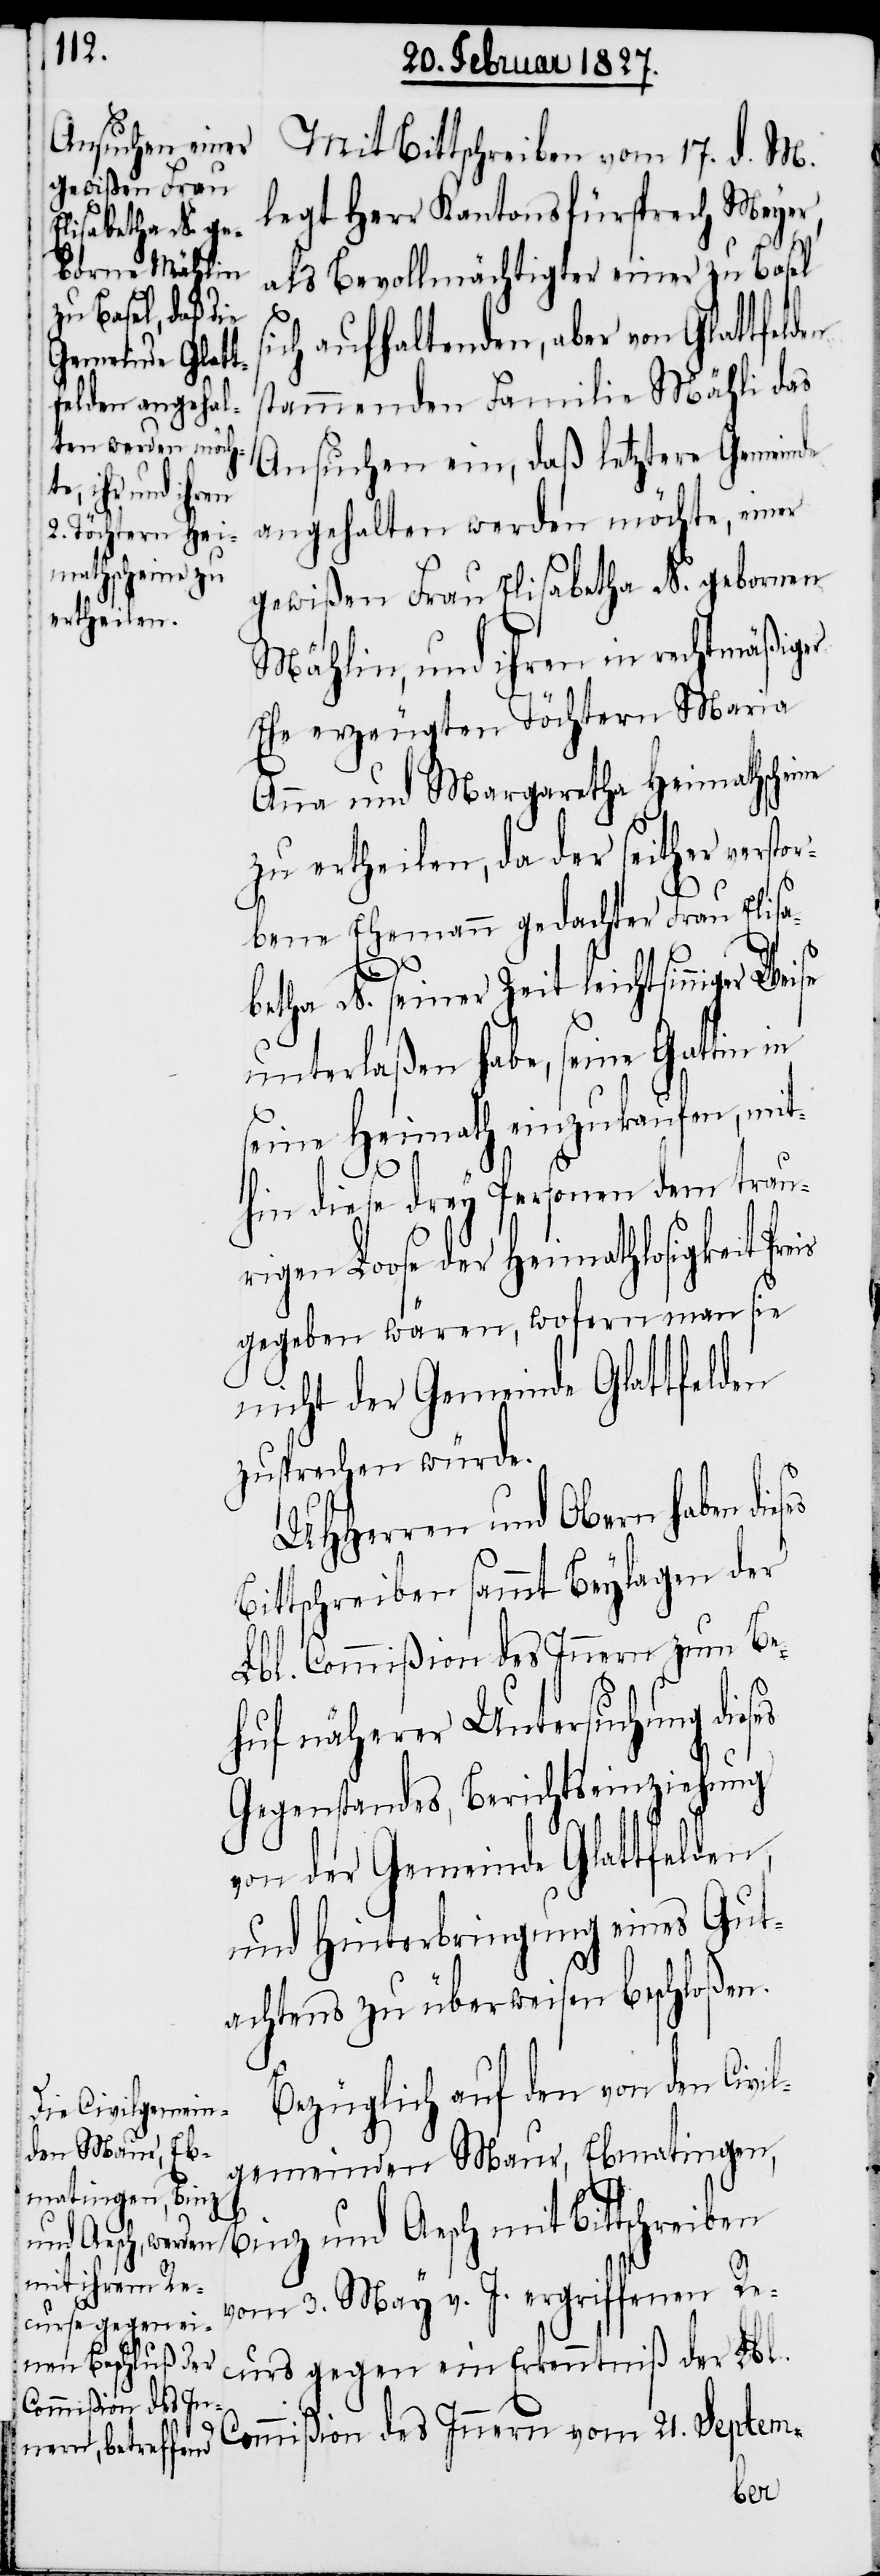
Mit Bittschreiben vom 17. d. M.
legt Herr Kantonsfürsprech Meyer,
als Bevollmächtigter einer zu Basel
sich aufhaltenden, aber von Glattfelden
stammenden Familie Mähli das
Ansuchen ein, daß letztere Gemeinde
angehalten werden möchte, einer
gewißen Frau Elisabetha N. gebornen
Mählin, und ihren in rechtmäßiger
Ehe erzeugten Töchtern Maria
Anna und Margaretha Heimathscheine
zu ertheilen, da der seither versto¬
rbene Ehemann gedachter Frau Elisa¬
betha N. seiner Zeit leichtsinniger
unterlaßen habe, seine Gattin
seine Heimath einzukaufen, mit¬
hin diese drey Personen dem trau¬
rigen Loose der Heimathlosigkeit Pr¬
gegeben wären, wofern man sie
nicht der Gemeinde Glattfelden
zusprechen würde.
UHHerren und Obern haben
Bittschreiben sammt Beylagen der
Lbl. Commißion des Innern zum Be¬
huf näherer Untersuchung dies¬
Gegenstandes, Berichtseinziehung
von der Gemeinde Glattfelden,
und Hinterbringung eines Gut¬
achtens zu überweisen beschloßen.
Bezüglich auf den von den Civi¬
lgemeinden Maur, Ebmatingen,
vom 3. May v. J. ergriffenen Re¬
curs gegen ein
Commißion des Innern
der